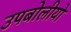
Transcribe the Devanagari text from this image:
उपबोलीयो